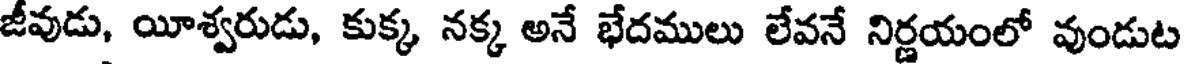
జీవుడు, యీశ్వరుడు, కుక్క నక్క అనే భేదములు లేవనే నిర్ణయంలో వుండుట